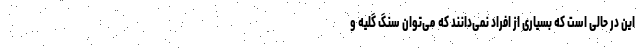
این در حالی است که بسیاری از افراد نمی‌دانند که می‌توان سنگ گلیه و